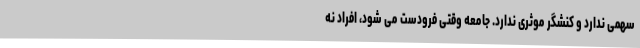
سهمی ندارد و کنشگر موثری ندارد. جامعه وقتی فرودست می شود، افراد نه